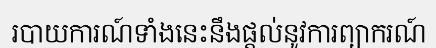
របាយការណ៍ទាំងនេះនឹងផ្តល់នូវការព្យាករណ៍